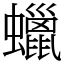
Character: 蠟